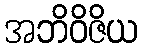
အဘိဝိဇိယ